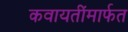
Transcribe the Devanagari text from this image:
कवायतींमार्फत